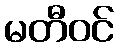
မတီဝင်